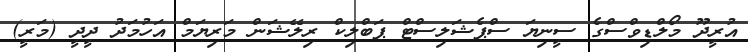
އުރީދޫ މޯލްޑިވްސްގެ ސީނިޔަ ސްޕެޝަލިސްޓް ޕަބްލިކް ރިލޭޝަން މަރިޔަމް އަހުމަދު ދީދީ (މަރީ)